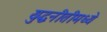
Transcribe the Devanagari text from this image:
युद्धनीतीमध्ये